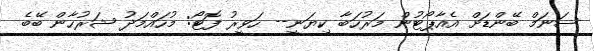
ސަނަމް ބޭންޑަށް އެއާޕޯޓުން މަރުހަބާ ކިޔަނީ-- ހަވީރު ފޮޓޯ: މުހައްމަދު ޝަރުހާން ބޭބެ